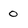
Character: o